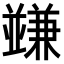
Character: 𠁟